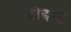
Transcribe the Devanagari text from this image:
होइस्ट